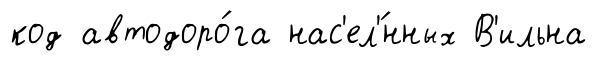
код автодоро́га нас'ел'́нных В'ильна